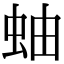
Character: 蚰